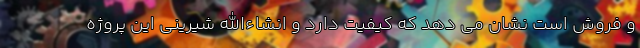
و فروش است نشان می دهد که کیفیت دارد و انشاءالله شیرینی این پروژه